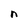
Character: n